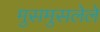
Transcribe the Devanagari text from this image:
मुसमुसलेले